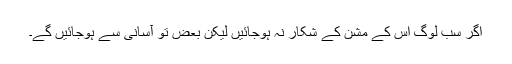
اگر سب لوگ اس کے مشن کے شکار نہ ہوجائیں لیکن بعض تو آسانی سے ہوجائیں گے۔